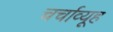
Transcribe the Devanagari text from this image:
चर्चाव्यूह